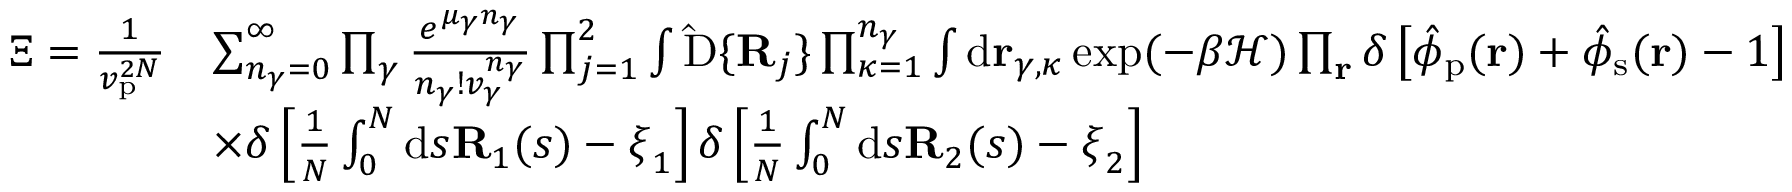
\begin{array} { r l } { { \Xi } = \frac { 1 } { v _ { \mathrm { p } } ^ { 2 N } } } & { \sum _ { n _ { \gamma } = 0 } ^ { \infty } \prod _ { \gamma } \frac { e ^ { \mu _ { \gamma } n _ { \gamma } } } { n _ { \gamma } ! v _ { \gamma } ^ { n _ { \gamma } } } \prod _ { j = 1 } ^ { 2 } \int \mathrm { \hat { D } } \{ \mathbf { R } _ { j } \} \prod _ { \kappa = 1 } ^ { n _ { \gamma } } \int \mathrm { d } \mathbf { r } _ { \gamma , \kappa } \exp ( - { \beta } \mathcal { H } ) \prod _ { \mathbf { r } } \delta \left[ \hat { \phi } _ { \mathrm { p } } ( \mathbf { r } ) + \hat { \phi } _ { \mathrm { s } } ( \mathbf { r } ) - 1 \right] } \\ & { \times \delta \left[ \frac { 1 } { N } \int _ { 0 } ^ { N } \mathrm { d } s \mathbf { R } _ { 1 } ( s ) - \boldsymbol { \xi } _ { 1 } \right] \delta \left[ \frac { 1 } { N } \int _ { 0 } ^ { N } \mathrm { d } s \mathbf { R } _ { 2 } ( s ) - \boldsymbol { \xi } _ { 2 } \right] } \end{array}